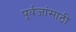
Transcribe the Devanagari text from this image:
पूर्वजांसाठी